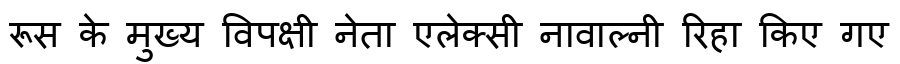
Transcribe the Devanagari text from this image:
रूस के मुख्य विपक्षी नेता एलेक्सी नावाल्नी रिहा किए गए